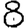
Digit: 8